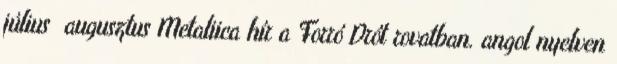
július augusztus Metaliica hír a Forró Drót rovatban. angol nyelven